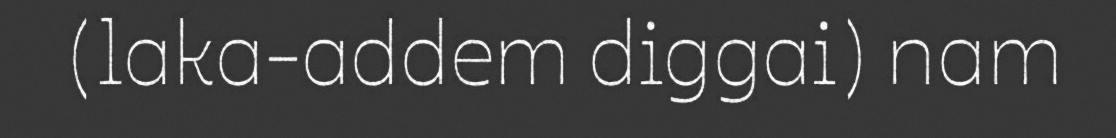
(laka-addem diggai) nam